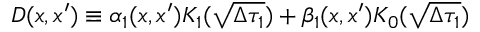
D ( x , x ^ { \prime } ) \equiv \alpha _ { 1 } ( x , x ^ { \prime } ) K _ { 1 } ( \sqrt { \Delta \tau _ { 1 } } ) + \beta _ { 1 } ( x , x ^ { \prime } ) K _ { 0 } ( \sqrt { \Delta \tau _ { 1 } } )